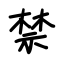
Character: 禁